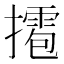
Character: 𢶉